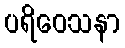
ပရိဝေသနာ